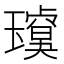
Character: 𱯶